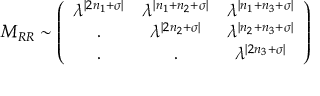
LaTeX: M _ { R R } \sim \left( \begin{array} { c c c } { { \lambda ^ { | 2 n _ { 1 } + \sigma | } } } & { { \lambda ^ { | n _ { 1 } + n _ { 2 } + \sigma | } } } & { { \lambda ^ { | n _ { 1 } + n _ { 3 } + \sigma | } } } \\ { { . } } & { { \lambda ^ { | 2 n _ { 2 } + \sigma | } } } & { { \lambda ^ { | n _ { 2 } + n _ { 3 } + \sigma | } } } \\ { { . } } & { { . } } & { { \lambda ^ { | 2 n _ { 3 } + \sigma | } } } \end{array} \right)